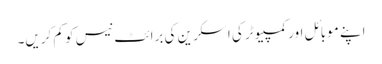
اپنے موبائل اور کمپیوٹر کی اسکرین کی برائٹ نیس کو کم کریں۔